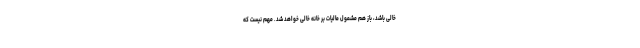
خالی باشد، باز هم مشمول مالیات بر خانه خالی خواهد شد. مهم نیست که